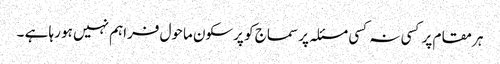
ہر مقام پر کسی نہ کسی مسئلہ پر سماج کو پرسکون ماحول فراہم نہیں ہو رہا ہے ۔